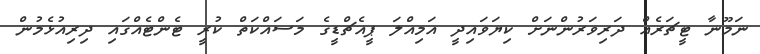
ނަމޫނާ ޓީޗަރެއް ދަރިވަރުންނަށް ކިޔަވައިދީ އަމިއްލަ ޕީއެޗްޑީގެ މަސައްކަތް ކުރީ ޓެންޓެއްގައި ދިރިއުޅެމުން